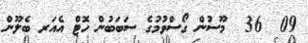
09  36  މޫސުން ގޯސްވުމުގެ ސަބަބުން ހޮޓް އެއަރ ބެލޫން